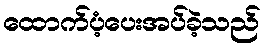
ထောက်ပံ့ပေးအပ်ခဲ့သည်